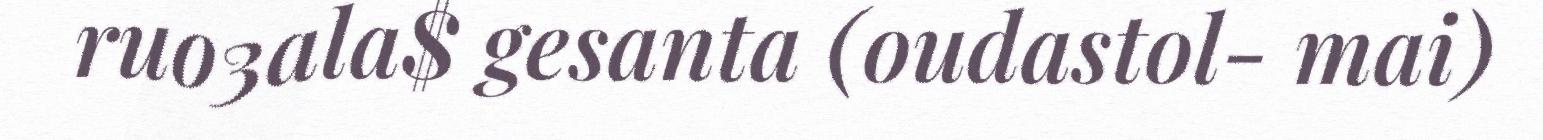
ruo3ala$ gesanta (oudastol- mai)